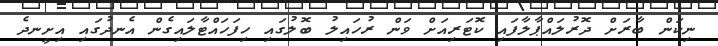
ނިކަން ބާރަށް ދޮރުލައްޕާލާފައި ކޮޓަރިއަށް ވަން ރުހައިލު ބޮލުގައި ހިފަހައްޓާލައިގެން އެނދުގައި އިށީނދެ